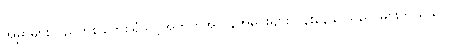
အမွှာများသည်တစ်ခါတစ်ရံသင့်အတွက်အလွန်အမင်းများလွန်းနေနိုင်သည်၊ မင်းဘယ်သူလဲ။